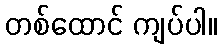
တစ်ထောင် ကျပ်ပါ။